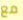
مع